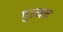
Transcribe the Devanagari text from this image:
गुल्मक